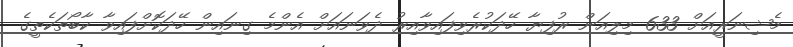
މެޝިނަރީއަށް 633 މިލިއަން ރުފިޔާ ހޭދަކުރެވިފައިވާއިރު ދެވަނައަށް އެންމެ ގިނައިން ހޭދަކޮށްފައިވާ ކާބޯތަކެތީގެ